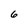
Character: 6